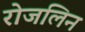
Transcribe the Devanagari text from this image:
रोजलिन